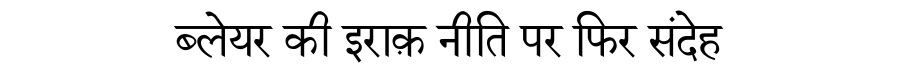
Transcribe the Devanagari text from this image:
ब्लेयर की इराक़ नीति पर फिर संदेह